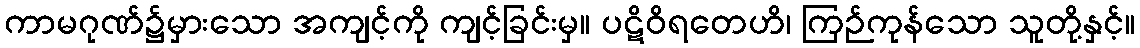
ကာမဂုဏ်၌မှားသော အကျင့်ကို ကျင့်ခြင်းမှ။ ပဋိဝိရတေဟိ၊ ကြဉ်ကုန်သော သူတို့နှင့်။